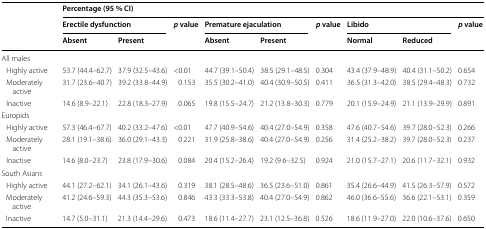
<table><thead><tr><td rowspan="3"></td><td colspan="9"><b>Percentage (95 % CI)</b></td></tr><tr><td colspan="2"><b>Erectile dysfunction</b></td><td rowspan="2"><b><i>p</i> value</b></td><td colspan="2"><b>Premature ejaculation</b></td><td rowspan="2"><b><i>p</i> value</b></td><td colspan="2"><b>Libido</b></td><td rowspan="2"><b><i>p</i> value</b></td></tr><tr><td><b>Absent</b></td><td><b>Present</b></td><td><b>Absent</b></td><td><b>Present</b></td><td><b>Normal</b></td><td><b>Reduced</b></td></tr></thead><tbody><tr><td colspan="10">All males</td></tr><tr><td> Highly active</td><td>53.7 (44.4–62.7)</td><td>37.9 (32.5–43.6)</td><td>&lt;0.01</td><td>44.7 (39.1–50.4)</td><td>38.5 (29.1–48.5)</td><td>0.304</td><td>43.4 (37.9–48.9)</td><td>40.4 (31.1–50.2)</td><td>0.654</td></tr><tr><td> Moderately active</td><td>31.7 (23.6–40.7)</td><td>39.2 (33.8–44.9)</td><td>0.153</td><td>35.5 (30.2–41.0)</td><td>40.4 (30.9–50.5)</td><td>0.411</td><td>36.5 (31.3–42.0)</td><td>38.5 (29.4–48.3)</td><td>0.732</td></tr><tr><td> Inactive</td><td>14.6 (8.9–22.1)</td><td>22.8 (18.3–27.9)</td><td>0.065</td><td>19.8 (15.5–24.7)</td><td>21.2 (13.8–30.3)</td><td>0.779</td><td>20.1 (15.9–24.9)</td><td>21.1 (13.9–29.9)</td><td>0.891</td></tr><tr><td colspan="10">Europids</td></tr><tr><td> Highly active</td><td>57.3 (46.4–67.7)</td><td>40.2 (33.2–47.6)</td><td>&lt;0.01</td><td>47.7 (40.9–54.6)</td><td>40.4 (27.0–54.9)</td><td>0.358</td><td>47.6 (40.7–54.6)</td><td>39.7 (28.0–52.3)</td><td>0.266</td></tr><tr><td> Moderately active</td><td>28.1 (19.1–38.6)</td><td>36.0 (29.1–43.3)</td><td>0.221</td><td>31.9 (25.8–38.6)</td><td>40.4 (27.0–54.9)</td><td>0.256</td><td>31.4 (25.2–38.2)</td><td>39.7 (28.0–52.3)</td><td>0.237</td></tr><tr><td> Inactive</td><td>14.6 (8.0–23.7)</td><td>23.8 (17.9–30.6)</td><td>0.084</td><td>20.4 (15.2–26.4)</td><td>19.2 (9.6–32.5)</td><td>0.924</td><td>21.0 (15.7–27.1)</td><td>20.6 (11.7–32.1)</td><td>0.932</td></tr><tr><td colspan="10">South Asians</td></tr><tr><td> Highly active</td><td>44.1 (27.2–62.1)</td><td>34.1 (26.1–43.6)</td><td>0.319</td><td>38.1 (28.5–48.6)</td><td>36.5 (23.6–51.0)</td><td>0.861</td><td>35.4 (26.6–44.9)</td><td>41.5 (26.3–57.9)</td><td>0.572</td></tr><tr><td> Moderately active</td><td>41.2 (24.6–59.3)</td><td>44.3 (35.3–53.6)</td><td>0.846</td><td>43.3 (33.3–53.8)</td><td>40.4 (27.0–54.9)</td><td>0.862</td><td>46.0 (36.6–55.6)</td><td>36.6 (22.1–53.1)</td><td>0.359</td></tr><tr><td> Inactive</td><td>14.7 (5.0–31.1)</td><td>21.3 (14.4–29.6)</td><td>0.473</td><td>18.6 (11.4–27.7)</td><td>23.1 (12.5–36.8)</td><td>0.526</td><td>18.6 (11.9–27.0)</td><td>22.0 (10.6–37.6)</td><td>0.650</td></tr></tbody></table>